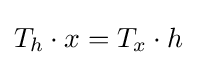
T_{h}\cdot x=T_{x}\cdot h